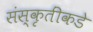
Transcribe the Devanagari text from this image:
संस्कृतींकडे